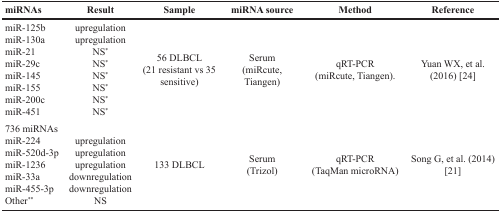
<table><thead><tr><td><b>miRNAs</b></td><td><b>Result</b></td><td><b>Sample</b></td><td><b>miRNA source</b></td><td><b>Method</b></td><td><b>Reference</b></td></tr></thead><tbody><tr><td>miR-125bmiR-130amiR-21miR-29cmiR-145miR-155miR-200cmiR-451</td><td>upregulationupregulationNS<sup>*</sup>NS<sup>*</sup>NS<sup>*</sup>NS<sup>*</sup>NS<sup>*</sup>NS<sup>*</sup></td><td>56 DLBCL(21 resistant vs 35 sensitive)</td><td>Serum(miRcute, Tiangen)</td><td>qRT-PCR(miRcute, Tiangen).</td><td>Yuan WX, et al. (2016) [24]</td></tr><tr><td>736 miRNAsmiR-224miR-520d-3pmiR-1236miR-33amiR-455-3pOther<sup>**</sup></td><td>upregulationupregulationupregulationdownregulationdownregulationNS</td><td>133 DLBCL</td><td>Serum(Trizol)</td><td>qRT-PCR(TaqMan microRNA)</td><td>Song G, et al. (2014) [21]</td></tr></tbody></table>